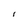
Character: l